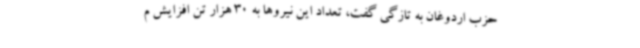
حزب اردوغان به تازگی گفت، تعداد این نیروها به 30 هزار تن افزایش م